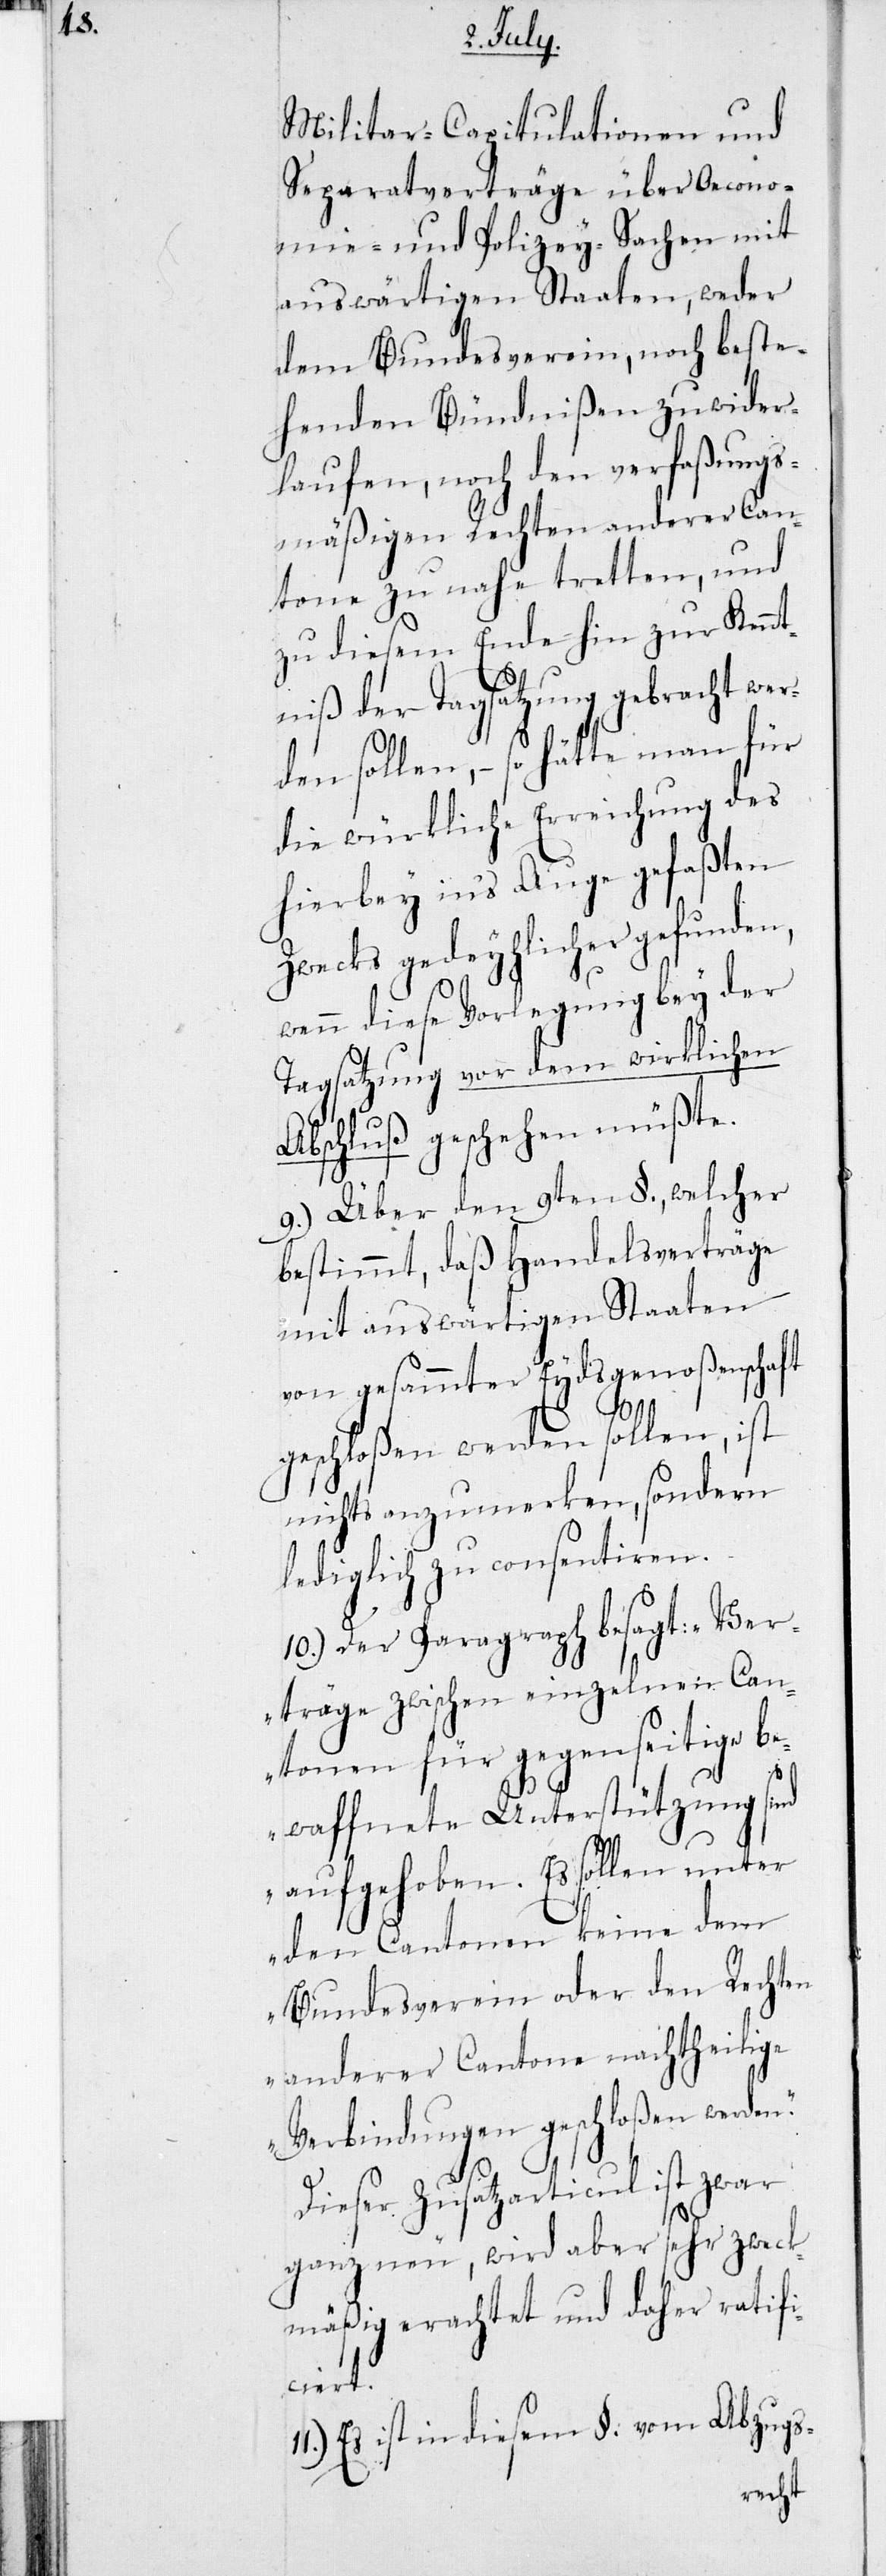
Militar-Capitulationen und
Separatverträge über Oecono¬
mie- und Polizey-Sachen mit
auswärtigen Staaten, weder
dem Bundesverein, noch beste¬
henden Bündnißen zuwider¬
laufen, noch den verfaßungs¬
mäßigen Rechten anderer Can¬
tone zu nahe tretten, und
zu diesem Ende hin zur Kennt¬
niß der Tagsatzung gebracht wer¬
den sollen, – so hätte man für
die würkliche Erreichung des
hierbey in’s Auge gefaßten
Zwecks gedeyhlicher gefunden,
wenn diese Vorlegung bey der
Tagsatzung vor dem wirklichen
Abschluß geschehen müßte.
9.) Über den 9ten §., welcher
bestimmt, daß Handelsverträge
mit auswärtigen Staaten
von gesammter Eydsgenoßenschaft
geschloßen werden sollen, ist
nichts anzumerken, sondern
lediglich zu consentiren.
10.) Der Paragraph besagt: „Ver¬
träge zwischen einzelnen Can¬
tonen für gegenseitige be¬
waffnete Unterstützung sind
aufgehoben. Es sollen unter
den Cantonen keine dem
Bundesverein oder den Rechten
anderer Cantone nachtheilige
Verbindungen geschloßen werden.“
Dieser Zusatzarticul ist zwar
ganz neu, wird aber sehr zweck¬
mäßig erachtet und daher ratifi¬
ciert.
Es ist in diesem §. vom Abzugs-